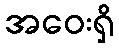
အဝေးရှိ